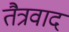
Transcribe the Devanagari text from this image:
तैत्रवाद